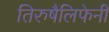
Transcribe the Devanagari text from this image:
तिरुषैलिफेनी